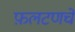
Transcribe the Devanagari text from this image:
फ़लटणचे